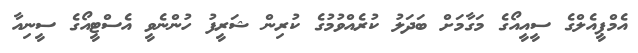
އެމްޕީއެލްގެ ސީއީއޯގެ މަގާމަށް ބަދަލު ކުރެއްވުމުގެ ކުރިން ޝަރީފު ހުންނެވީ އެސްޓީއޯގެ ސީނިއާ